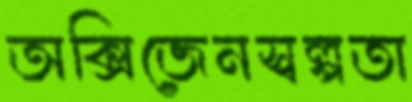
অক্সিজেনস্বল্পতা